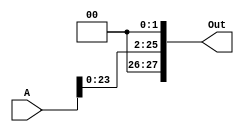
`timescale 1ns / 1ps


module shifter2(
    input [25:0] A,
    output reg [27:0] Out
    );

always@(*)
begin
Out = {2'b00,(A<<2)};
end
endmodule